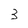
Character: 3